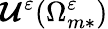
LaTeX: \boldsymbol{\mathcal{U}}^{\varepsilon}(\Omega_{m*}^{\varepsilon})